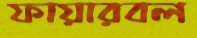
ফায়ারবল